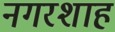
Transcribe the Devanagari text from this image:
नगरशाह